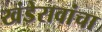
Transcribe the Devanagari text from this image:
खंडेरावांचा